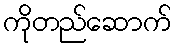
ကိုတည်ဆောက်